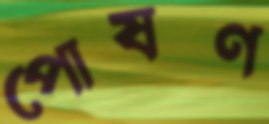
পোষণ